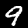
Digit: 9